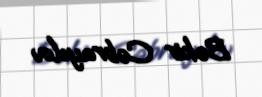
Bəkir Cəbrayılov